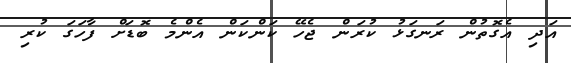
އަދި އެގޮތުން ރަނގަޅު ކުރަން ޖެހޭ ކަންކަން އެންމެ ބޮޑަށް ފާހަގަ ކުރި